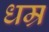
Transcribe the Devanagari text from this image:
धम्र